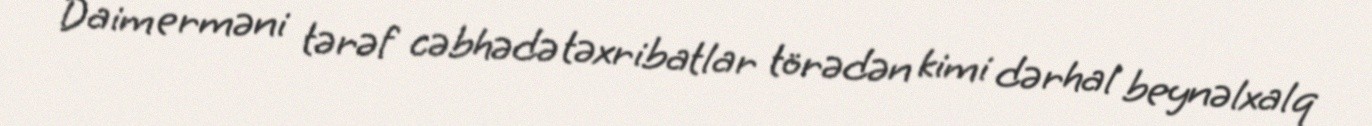
Daim erməni tərəf cəbhədə təxribatlar törədən kimi dərhal beynəlxalq